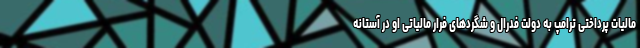
مالیات پرداختی ترامپ به دولت فدرال و شگردهای فرار مالیاتی او در آستانه